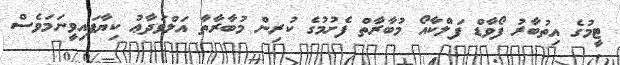
ޓީމުގެ އިތުބާރު ފޯވާޑް ފަލްކާއޯ މުބާރާތް ފެށުމުގެ ކުރިން މުބާރާތާ އަލްވަދާޢު ކިޔާފައިވީނަމަވެސް